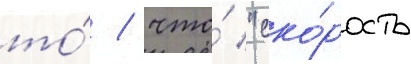
то́ / что́ "ско́рость